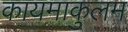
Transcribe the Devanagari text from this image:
कायमाकुलम